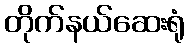
တိုက်နယ်ဆေးရုံ